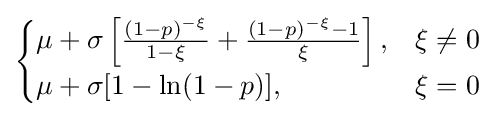
{\begin{cases}\mu +\sigma \left[{\frac {(1-p)^{-\xi }}{1-\xi }}+{\frac {(1-p)^{-\xi }-1}{\xi }}\right],&\xi \neq 0\\\mu +\sigma [1-\ln(1-p)],&\xi =0\end{cases}}